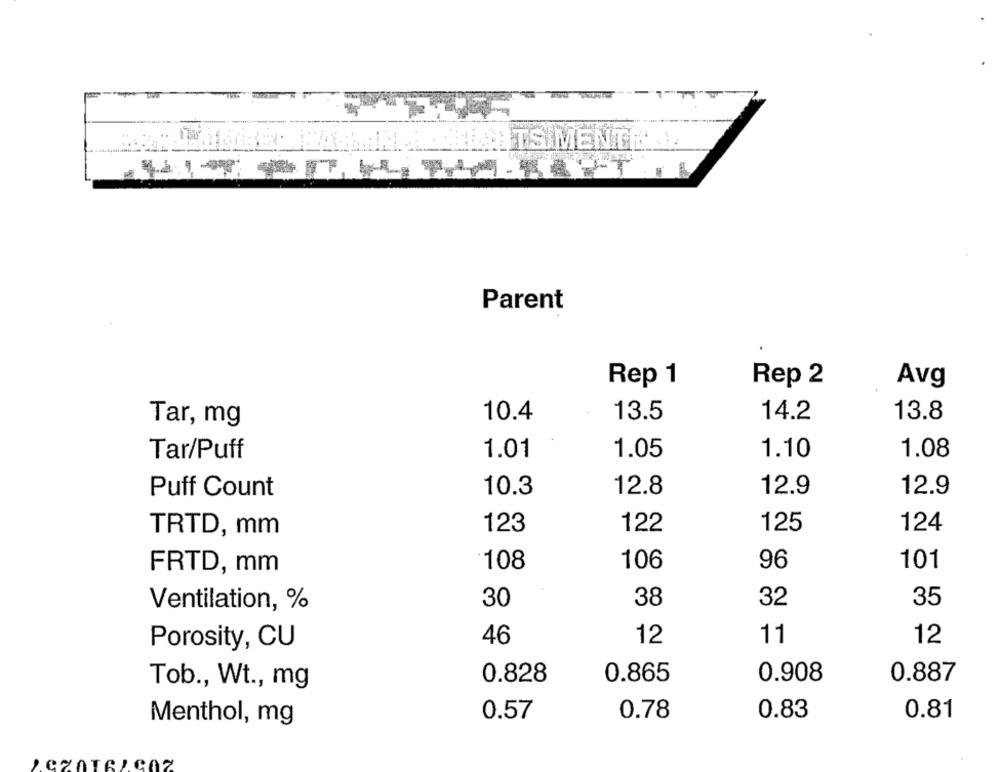
AN ALLRIGHTS MENTE LE
Parent
Rep 1
Rep 2
Avg
10.4
13.5
14.2
13.8
Tar, mg
Tar/Puff
1.01
1.05
1.10
1.08
Puff Count
12.8
12.9
12.9
10.3
TRTD, mm
123
122
125
124
101
FRTD, mm
108
106
96
30
38
32
35
Ventilation, %
46
12
11
12
Porosity, CU
0.828
0.865
0.908
0.887
Tob ., Wt ., mg
0.57
0.78
0.83
Menthol, mg
0.81
2.CZ0IA :. COZ